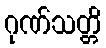
ဂုဏ်သတ္တိ